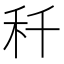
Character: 䄭